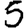
Digit: 5